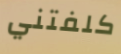
كلفتني